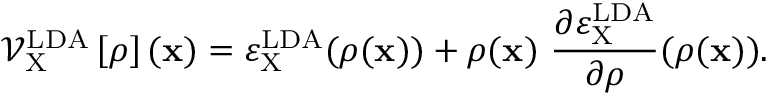
\mathcal { V } _ { \mathrm { X } } ^ { \mathrm { L D A } } \left[ \rho \right] ( { \bf x } ) = \varepsilon _ { \mathrm { X } } ^ { \mathrm { L D A } } ( \rho ( { \bf x } ) ) + \rho ( { \bf x } ) \ \frac { \partial \varepsilon _ { \mathrm { X } } ^ { \mathrm { L D A } } } { \partial \rho } ( \rho ( { \bf x } ) ) .